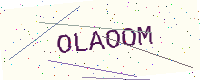
Text: OLAOOM